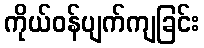
ကိုယ်ဝန်ပျက်ကျခြင်း